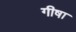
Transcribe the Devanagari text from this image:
गीषा